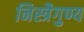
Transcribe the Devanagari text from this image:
निस्त्रैगुण्य